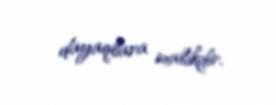
dayaqlara malikdir.